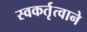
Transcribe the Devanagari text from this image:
स्वकर्तृत्वाने